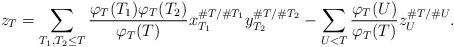
LaTeX: \begin{align*}z_T = \sum_{T_1,T_2 \leq T} \frac{\varphi_T(T_1)\varphi_T(T_2)}{\varphi_T(T)} x_{T_1}^{\#T / \# T_1} y_{T_2}^{\# T / \# T_2} - \sum\limits_{U < T} \frac{\varphi_T(U)}{\varphi_T(T)} z_U^{\#T / \#U}.\end{align*}